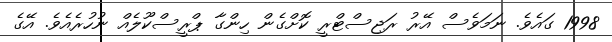
1998 ގައެވެ. ނަމަވެސް އޭރު ރަޖިސްޓްރީ ކޮށްގެން ހިންގާ ޕްރީސްކޫލެއް ނުހުރެއެވެ. އޭގެ